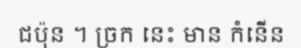
ជប៉ុន ។ ច្រក នេះ មាន កំនើន